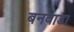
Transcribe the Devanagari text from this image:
बनवाडा